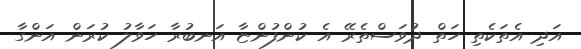
އަދި އެތަކެތި ހަތް ދުވަސްތެރޭ އެ ކުންފުންޏާ އަނބުރާ ހަވާލު ކުރަން އަންގާ